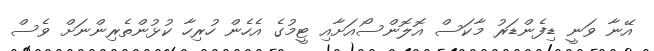
އޭނާ ވަނީ ޑިފެންޑަރު މާކަސް އޮލޮންސޯއަށާއި ޓީމުގެ އެހެން ހުރިހާ ކުޅުންތެރިންނަށް ވެސް